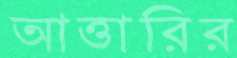
আত্তারির